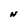
Character: N